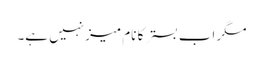
مگر اب بستر کا نام میز نہیں ہے۔